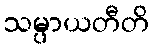
သမ္ပာယတီတိ